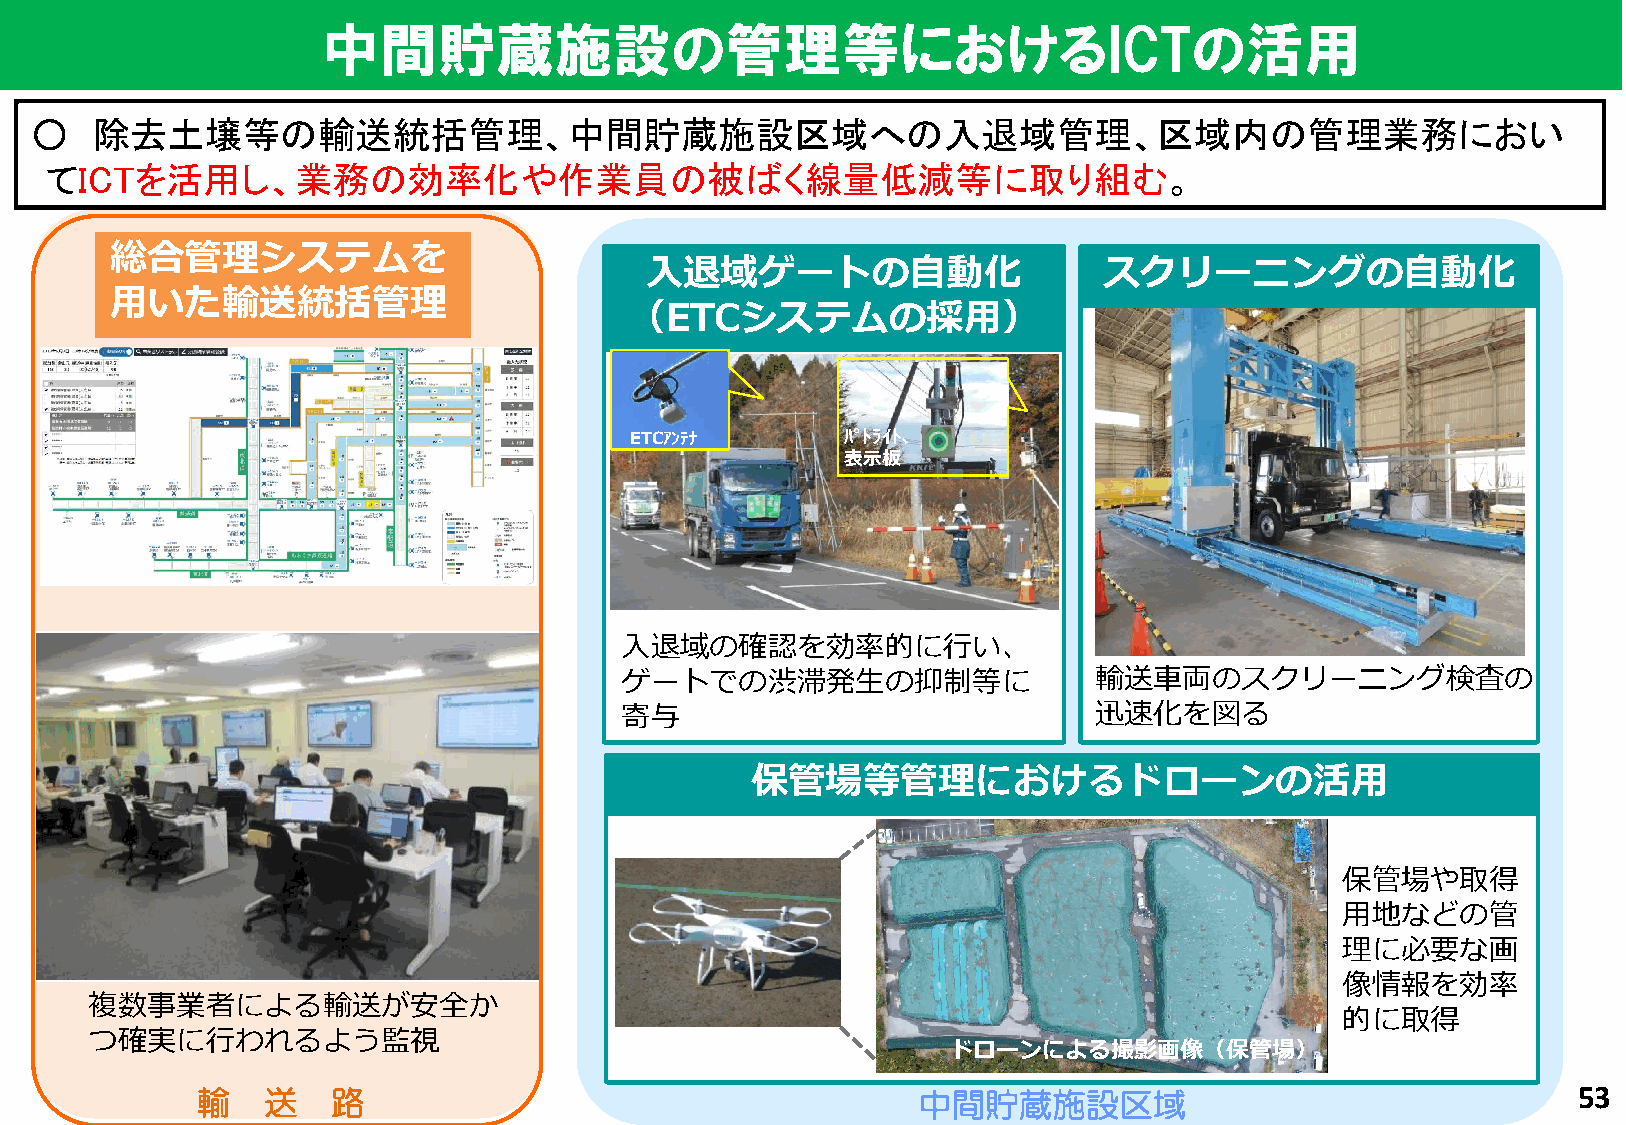
中間貯蔵施設の管理等におけるICTの活用
 ○   除去土壌等の輸送統括管理、中間貯蔵施設区域への入退域管理、区域内の管理業務におい
 てICTを活用し、業務の効率化や作業員の被ばく線量低減等に取り組む。
 総合管理システムを
 入退域ゲートの自動化                    スクリーニングの自動化
 用いた輸送統括管理
 （ETCシステムの採用）
 ETCｱﾝﾃﾅ       ﾊﾟﾄﾗｲﾄ､
 表示板
 入退域の確認を効率的に行い、
 ゲートでの渋滞発生の抑制等に                 輸送車両のスクリーニング検査の
 寄与                             迅速化を図る
 保管場等管理におけるドローンの活用
 保管場や取得
 用地などの管
 理に必要な画
 像情報を効率
 複数事業者による輸送が安全か
 的に取得
 つ確実に行われるよう監視
 ドローンによる撮影画像（保管場）
 輸   送    路                                      中間貯蔵施設区域                                   53